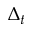
\Delta _ { t }